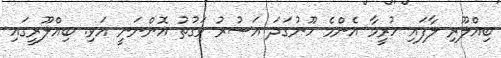
ބިއްލޫރި ލާފައި ހުރީމާ އެންމެ ހޫނުގަދަ އަސުރު ވަގުތު އޮންނަނީ އަވި. ބިއްލޫރީގައި